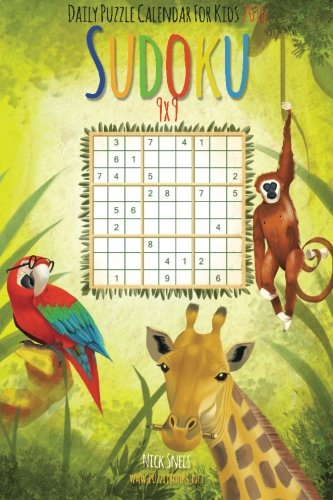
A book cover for Daily Sudoku For Kids 9x9 Puzzle Calendar 2016 (Daily Sudoku For Kids Puzzle Calendar 2016); Nick Snels; Calendars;